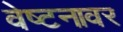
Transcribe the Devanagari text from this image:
वेष्टनावर